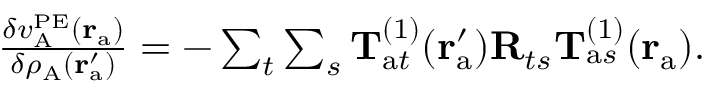
\begin{array} { r } { \frac { \delta v _ { \mathrm { A } } ^ { \mathrm { P E } } ( \mathbf { r } _ { \mathrm { a } } ) } { \delta \rho _ { \mathrm { A } } ( \mathbf { r } _ { \mathrm { a } } ^ { \prime } ) } = - \sum _ { t } \sum _ { s } \mathbf { T } _ { \mathrm { a } t } ^ { ( 1 ) } ( \mathbf { r } _ { \mathrm { a } } ^ { \prime } ) \mathbf { R } _ { t s } \mathbf { T } _ { \mathrm { a } s } ^ { ( 1 ) } ( \mathbf { r } _ { \mathrm { a } } ) . } \end{array}